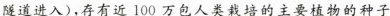
隧道进入），存有近100万包人类栽培的主要植物的种子